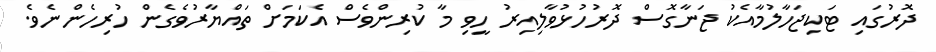
ދޮރުގައި ޓަކިޖަހާލުމާއެކު ޖަނާގޮސް ދޮރުހުޅުވާލިއިރު ހީވި މާ ކުރިންވެސް އެކަމަށް ތައްޔާރުވެގެން ހުރިހެންނެވެ.